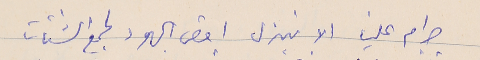
حرام علينا الا نبذل اقصى الجهود لجمع الشتات